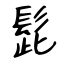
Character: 髭